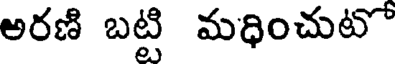
అరణి బట్టి మధించుటో